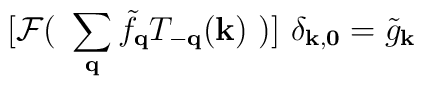
[ {\mathcal{F}}(\mbox{ }\sum_{ {\bf{q}} }{\tilde{f}}_{ {\bf{q}} }T_{ -{\bf{q}} }({\bf{k}}) \mbox{ })]\mbox{ }\delta_{ {\bf{k}}, {\bf{0}} } = {\tilde{g}}_{ {\bf{k}} }